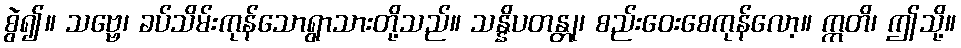
စွဲ၍။ သဗ္ဗေ၊ ခပ်သိမ်းကုန်သောရွာသားတို့သည်။ သန္နိပတန္တု၊ စည်းဝေးစေကုန်လော့။ ဣတိ၊ ဤသို့။